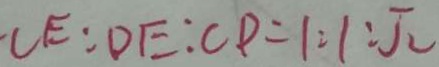
C E : D E : C P = 1 : 1 : \pi